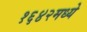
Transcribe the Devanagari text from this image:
१६४२मध्ये